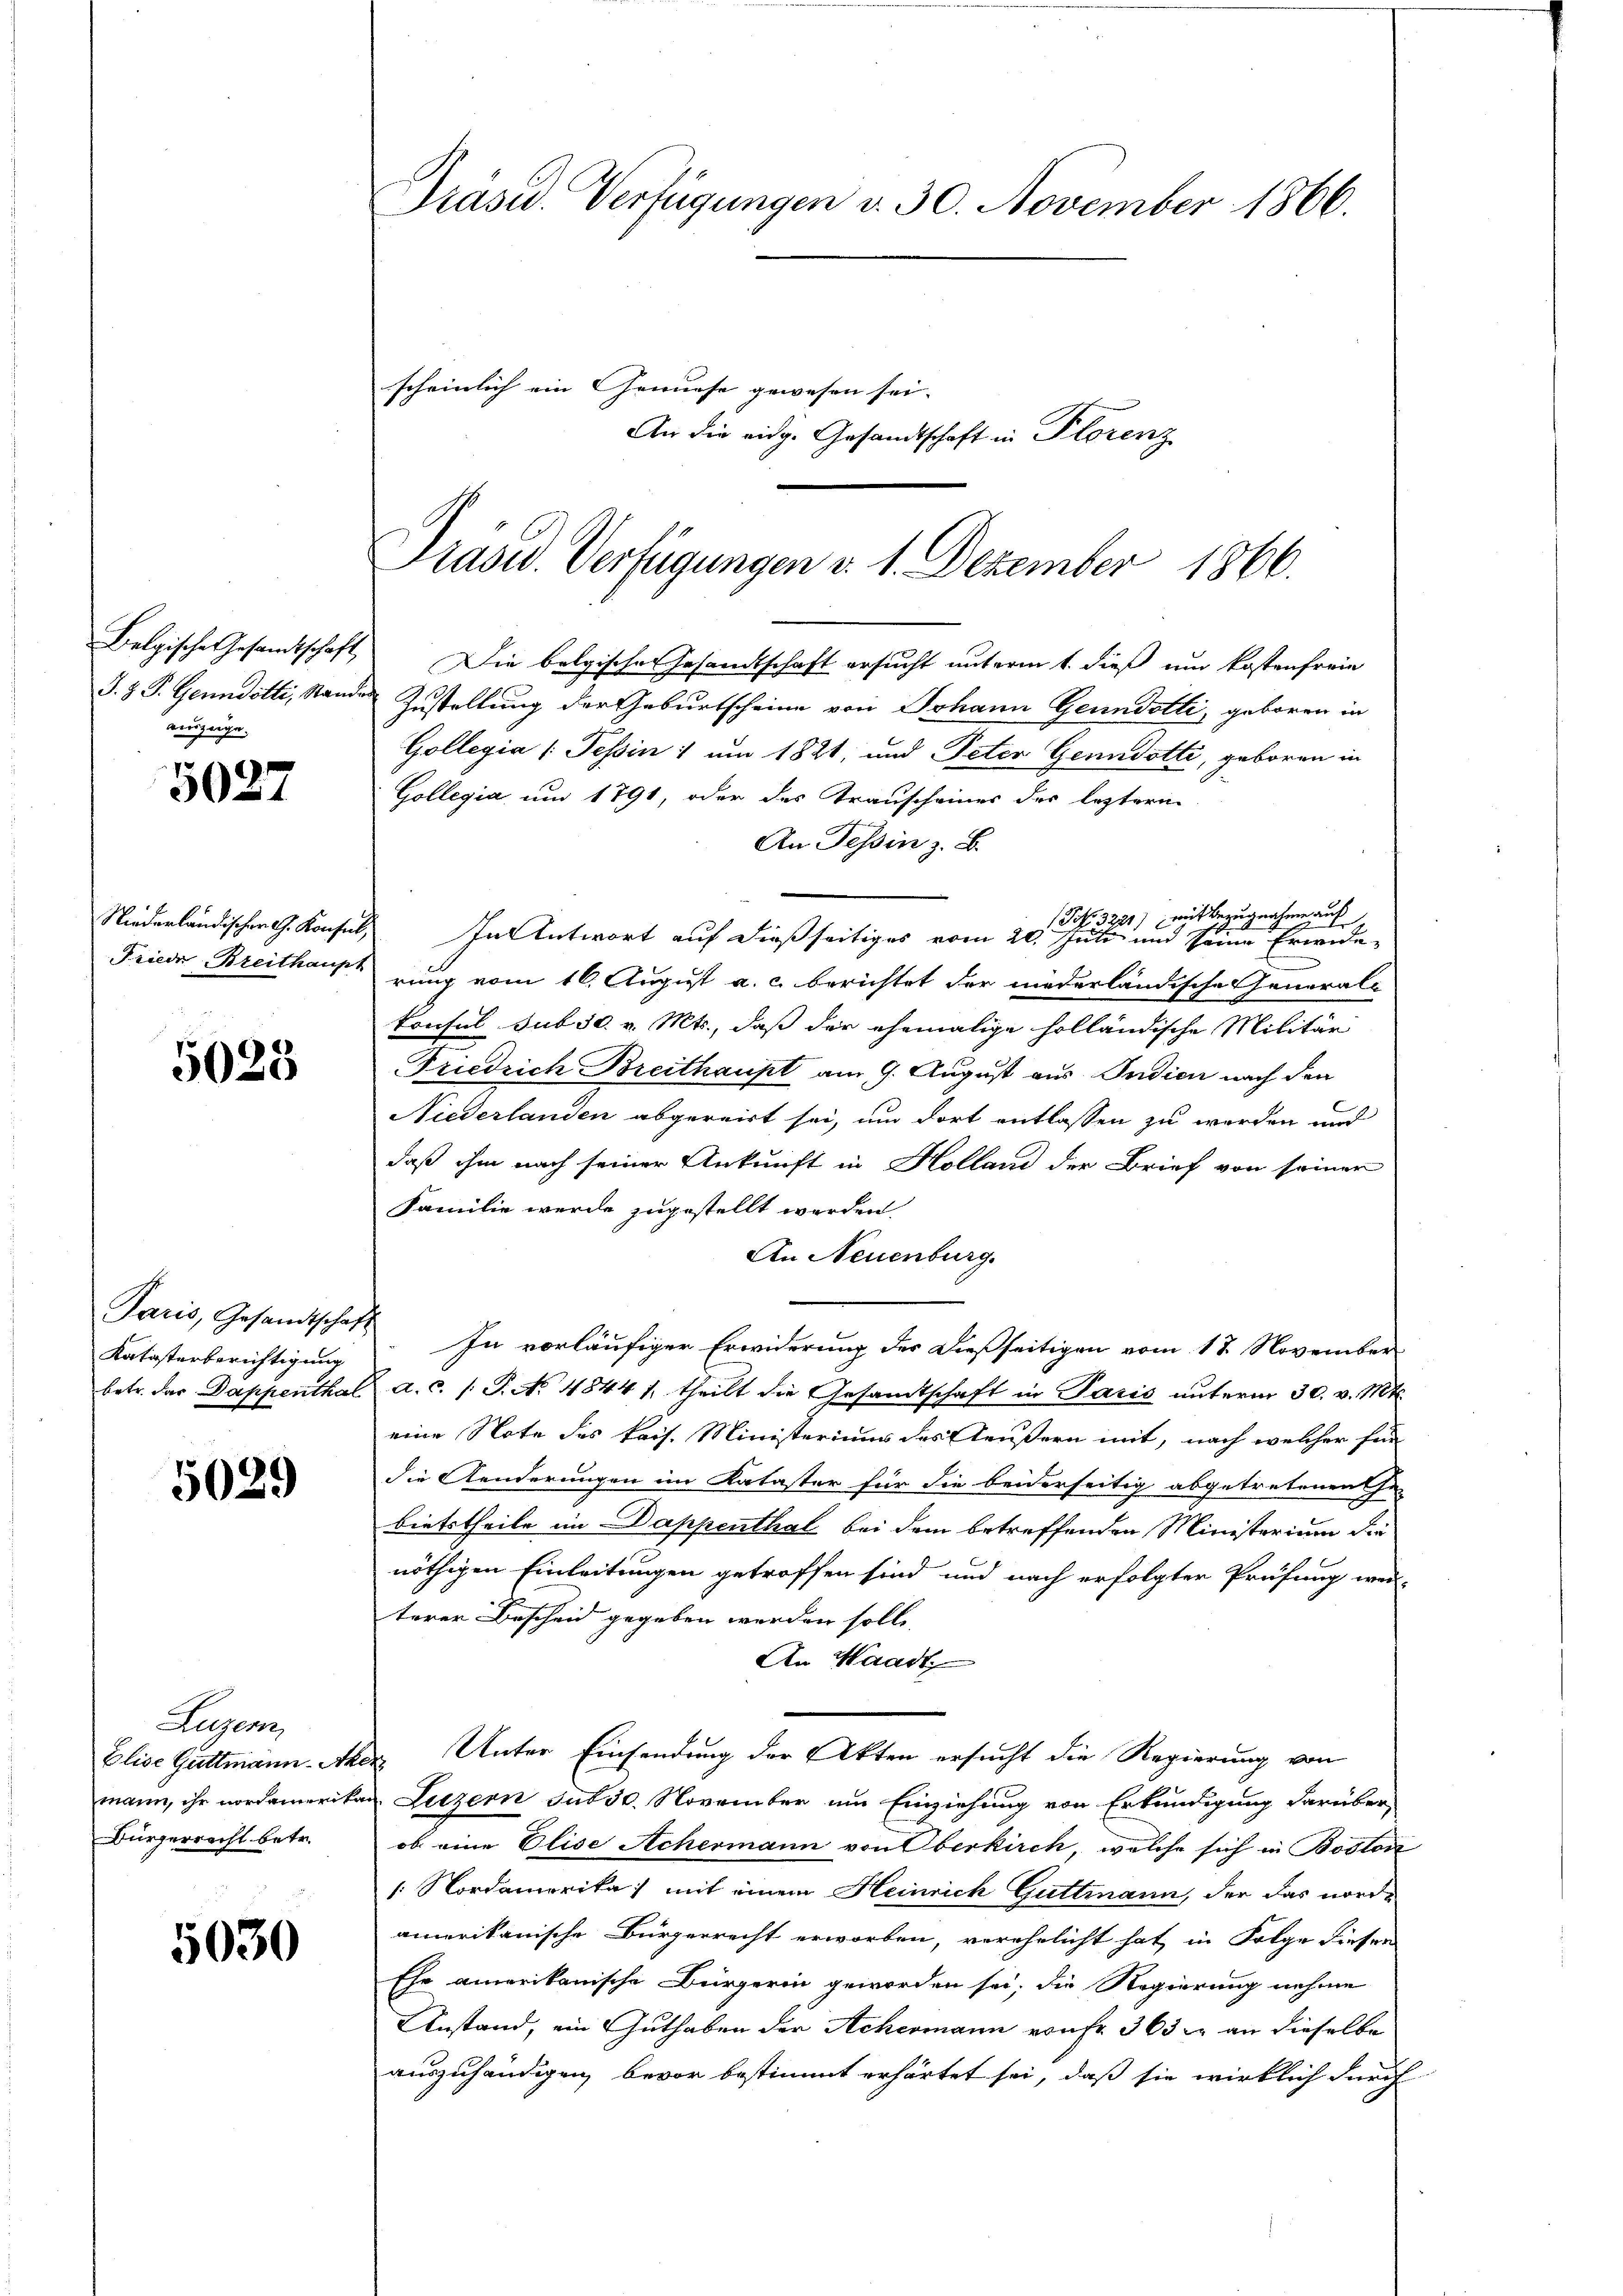
auszuge.

5027

5023

Katasterberichtigung

5029

Luzern
Elise Guttmann An
Bürgerrecht betr.

5030

Präsid. Verfügungen d. 30. November 1866.
scheinlich ein Gemüse gewesen sei. |
An die eidg. Gesandtschaft in Plorenz

Belgische Gesandtschaft Die bolgischer Gesandtschaft ersucht unterm 1. dieß um kostenfreie
J. Z. P. Genndotti, Stande Zustellung der Geburtscheine von Johann Gemndotti, geboren in
Gollegia (Tessin 1 um 1821, und Peter Genndotti, geboren in
Gollegia, um 1791, oder des Transcheiner der leztere
An Tessin z. B.
Pro. 3221) mit Bezugnahme auf
Niederländischer G. Konsul, In Antwort auf dießseitiges vom 20. Juli und seine Erwide-
Friede Breithaus rung vom 16. August a. c. berichtet der niederländische General-
konsul sub 30. v. Mts., daß der ehemalige holländische Militär
Friedrich Breithaupt am 9. August aus Indien nach den
Niederlanden abgereist sei, um dort entlassen zu werden und
daß ihm nach seiner Ankunft in Holland der Brief von seiner
Familie werde zugestellt werden.
An Neuenburg.
Paris, Gesandtschaft In vorläufiger Erwiderung der dießseitigen vom 17. November
betr. der Dappenthal a. c. /: P. No 48441. theilt die Gesandtschaft in Paris unterm 30. v. Mts.
eine Note des kais. Ministeriums des Aeußern mit, nach welcher für
die Aenderungen im Kataster für die beiderseitig abgetretenen Ge-
bietstheile im Dappenthal bei dem betreffenden Ministerium die
nöthigen Einleitungen getroffen sind und nach erfolgter Prüfung wei-
terer Bescheid gegeben werden solle.
An Waadt
der Unter Einsendung der Akten ersucht die Regierung von
mann, ihr nordamerikan Luzern sub 30. November um Einziehung von Erkundigung darüber
ob eine Elise Achermann von Oberkirch, welche sich in Boston
1. Nordamerika mit einem Heinrich Guttmann, der das nordamerikanische Bürgerrecht erworben, verehelicht hat, in Folge dieser
Ehe amerikanische Bürgerin geworden sei, die Regierung nehme
Anstand, ein Guthaben der Achermann von Fr. 363 er an dieselbe
auszuhändigen, bevor bestimmt erhärtet sei, daß sie wirklich durch

Präsid. Verfügungen v. 1. Dezember 1866.